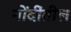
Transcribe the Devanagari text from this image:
नोंदींतील